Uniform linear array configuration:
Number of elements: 24
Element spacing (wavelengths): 0.25
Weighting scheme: blackman
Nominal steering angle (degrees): -45
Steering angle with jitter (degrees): -43.278
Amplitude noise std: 0.05
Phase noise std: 0.05

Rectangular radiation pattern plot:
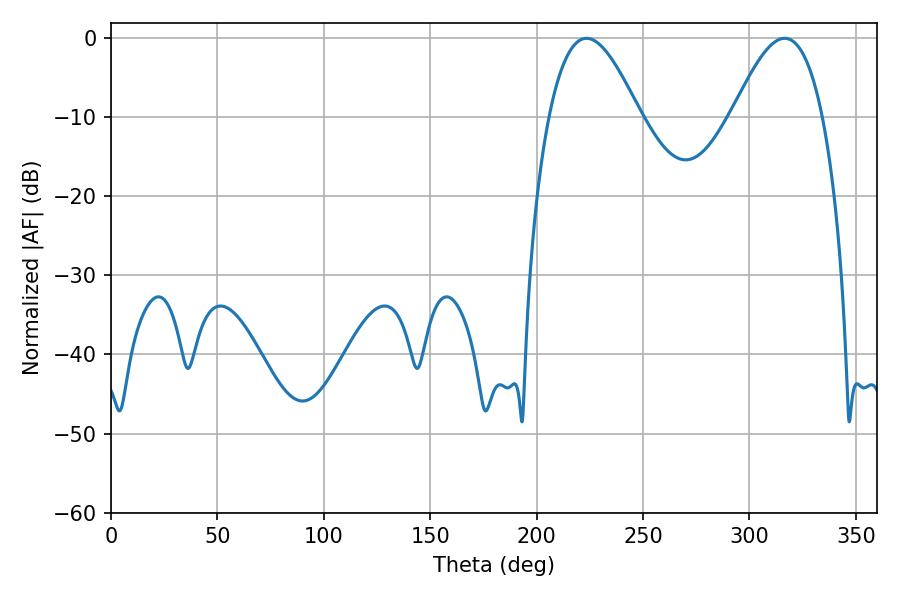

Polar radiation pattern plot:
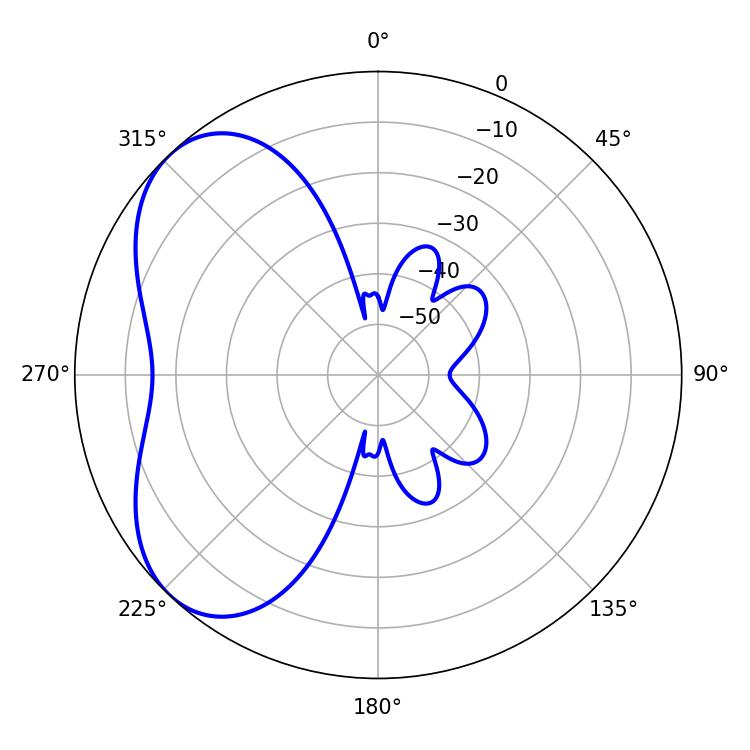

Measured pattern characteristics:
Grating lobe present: FALSE
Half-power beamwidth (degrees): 23.04
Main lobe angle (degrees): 223.38